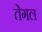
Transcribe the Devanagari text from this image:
तेगल